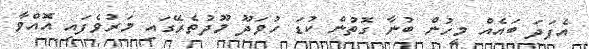
އެފަދަ ބައެއް މީހުން ބުނާ ގޮތުން ކުޑަ ހުވަދޫ މޫދުތެރޭގައި މަރުވެފައި އޮއްވާ